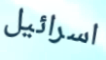
اسرائيل